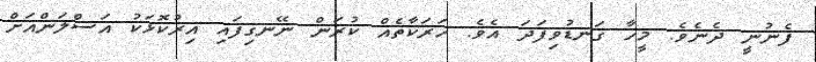
ފެނުނީ ދެނެވެ. މީހާ ގަނޑުވިފަދަ އެވެ. ހަރަކާތެއް ކުރަން ނޭނގިފައި އިރުކޮޅަކު އަސްލަންއަށް